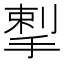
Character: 揧